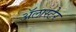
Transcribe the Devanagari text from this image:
अॅलास्टेर